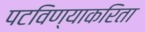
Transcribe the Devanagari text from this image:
पटविण्याकरिता